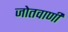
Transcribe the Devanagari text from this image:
जोतवाणी